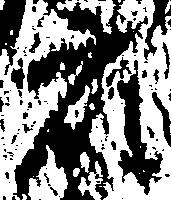
衆